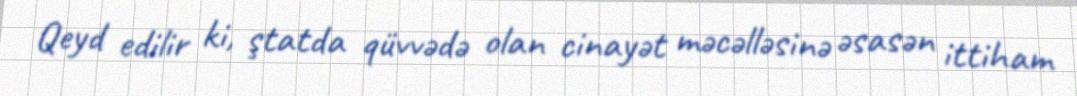
Qeyd edilir ki, ştatda qüvvədə olan cinayət məcəlləsinə əsasən ittiham